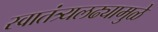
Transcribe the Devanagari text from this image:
स्वातंत्र्यलढ्यामुळे